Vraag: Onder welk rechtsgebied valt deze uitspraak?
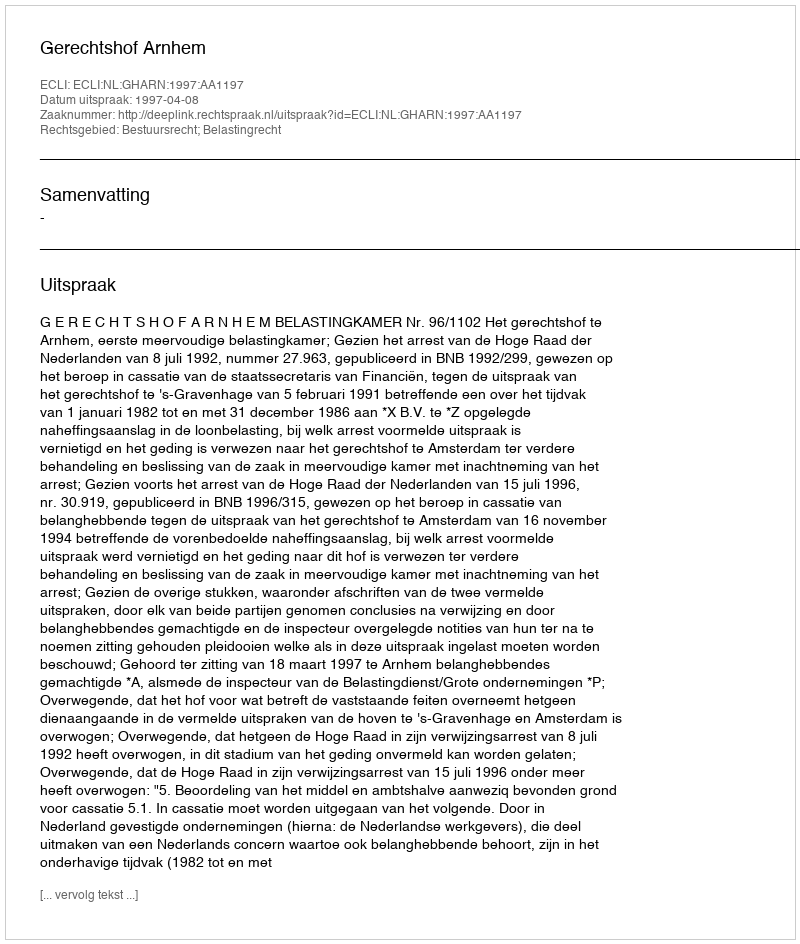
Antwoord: Bestuursrecht; Belastingrecht